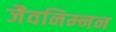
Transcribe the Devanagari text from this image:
जैवनिम्‍नन